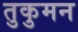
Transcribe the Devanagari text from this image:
तुकुमन